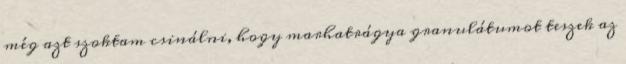
még azt szoktam csinálni, hogy marhatrágya granulátumot teszek az